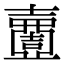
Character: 𡕍